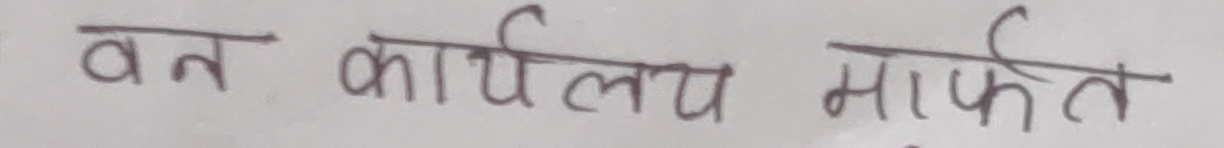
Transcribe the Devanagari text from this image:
वन कार्यालय मार्फत